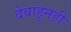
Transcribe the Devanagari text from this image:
देवाहूनही